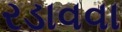
રડાવવા